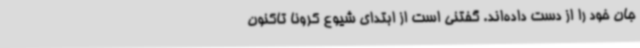
جان خود را از دست داده‌اند. گفتنی است از ابتدای شیوع کرونا تاکنون